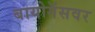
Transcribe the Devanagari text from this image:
बायोगॅसवर